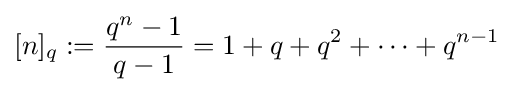
[n]_{q}:={\frac {q^{n}-1}{q-1}}=1+q+q^{2}+\dots +q^{n-1}